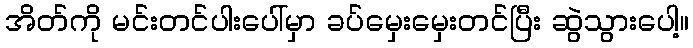
အိတ်ကို မင်းတင်ပါးပေါ်မှာ ခပ်မှေးမှေးတင်ပြီး ဆွဲသွားပေါ့။